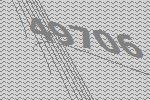
49706